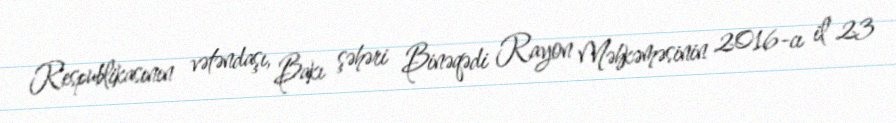
Respublikasının vətəndaşı, Bakı şəhəri Binəqədi Rayon Məhkəməsinin 2016-cı il 23